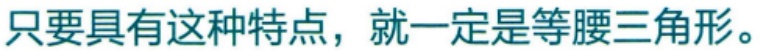
只要具有这种特点，就一定是等腰三角形。